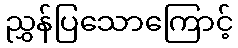
ညွှန်ပြသောကြောင့်